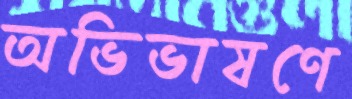
অভিভাষণে